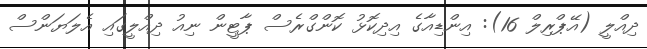
ދިއްލީ (އޭޕްރިލް 16): އިންޑިއާގެ އިދިކޮޅު ކޮންގްރެސް ޕާޓީން ނިއު ދިއްލީގައި އެލަޔަންސް